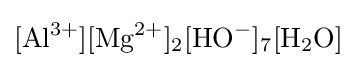
{\ce {[Al^{3+}][Mg^{2+}]2[HO^{-}]7[H2O]}}